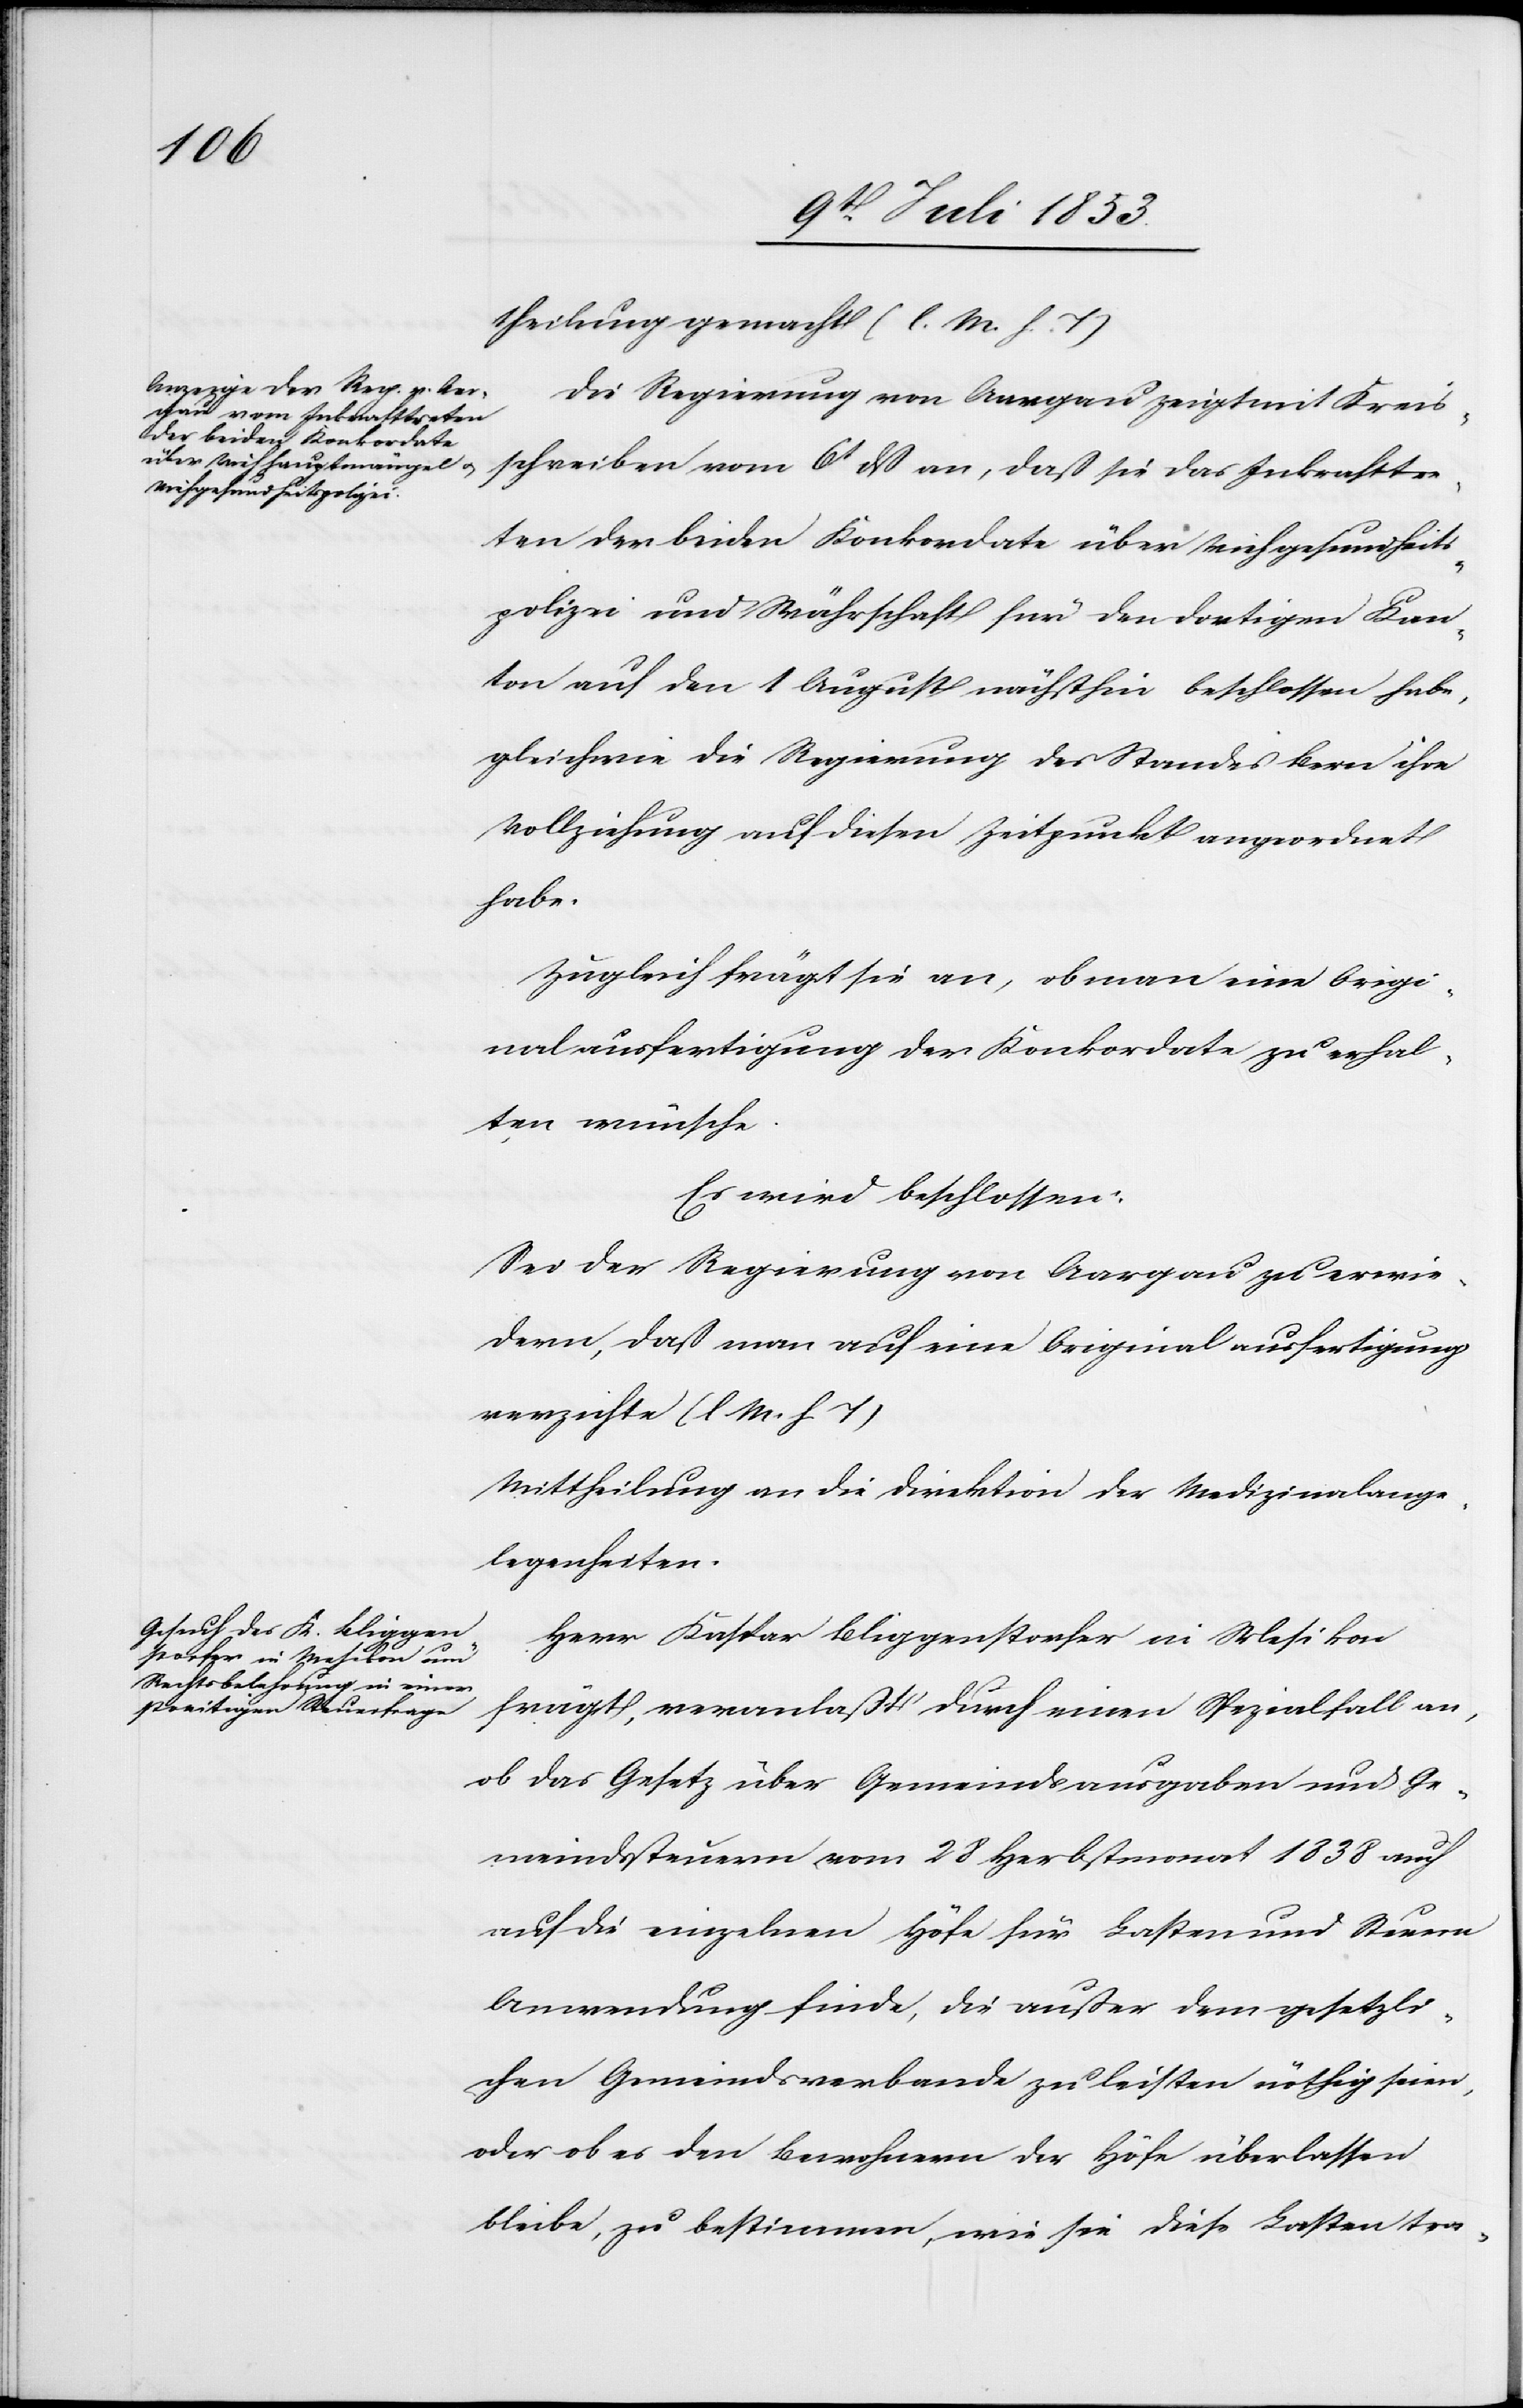
theilung gemacht. [l. M. h. T]
Die Regierung von Aargau zeigt mit Kreis¬
schreiben vom 6t dß an, daß sie das Inkrafttre¬
ten der beiden Konkordate über Viehgesundheits¬
polizei und Währschaft für den dortigen Kan¬
ton auf den 1 August nächsthin beschlossen habe,
gleichwie die Regierung des Standes Bern ihre
Vollziehung auf diesen Zeitpunkt angeordnet
habe.
Zugleich frägt sie an, ob man eine Origi¬
nalausfertigung der Konkordate zu erhal¬
ten wünsche.
Es wird beschlossen:
Sei der Regierung von Aargau zu erwie¬
dern, daß man auf eine Originalausfertigung
verzichte [l. M. h. T]
Mittheilung an die Direktion der Medizinalange¬
legenheiten.
Herr Kaspar Bliggenstorfer in Wesikon
frägt, veranlaßt durch einen Spezialfall an,
ob das Gesetz über Gemeindsausgaben und Ge¬
meindssteuern vom 28 Herbstmonat 1838 auch
auf die einzelnen Höfe für Lasten und Steuern
Anwendung finde, die außer dem gesetzli¬
chen Gemeindsverbande zu leisten nöthig seien,
oder ob es den Bewohnern der Höfe überlassen
bleibe, zu bestimmen, wie sie diese Lasten tra-